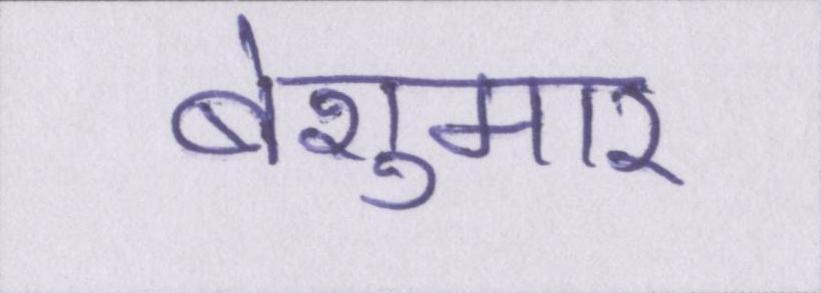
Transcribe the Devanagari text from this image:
बेशुमार